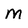
Character: m